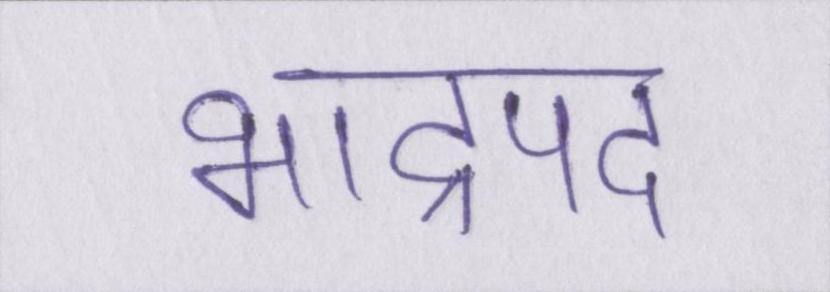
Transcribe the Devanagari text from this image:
भाद्रपद